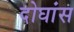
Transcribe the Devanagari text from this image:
दोघांस